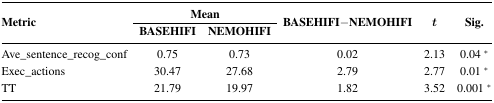
<table><thead><tr><td rowspan="3"><b>Metric</b></td><td colspan="2"><b>Mean</b></td><td rowspan="3"><b>BASEHIFI–NEMOHIFI</b></td><td rowspan="3"><b><i>t</i></b></td><td rowspan="3"><b>Sig.</b></td></tr><tr><td><b>BASEHIFI</b></td><td><b>NEMOHIFI</b></td></tr></thead><tbody><tr><td>Ave_sentence_recog_conf</td><td>0.75</td><td>0.73</td><td>0.02</td><td>2.13</td><td>0.04 *</td></tr><tr><td>Exec_actions</td><td>30.47</td><td>27.68</td><td>2.79</td><td>2.77</td><td>0.01 *</td></tr><tr><td>TT</td><td>21.79</td><td>19.97</td><td>1.82</td><td>3.52</td><td>0.001 *</td></tr></tbody></table>